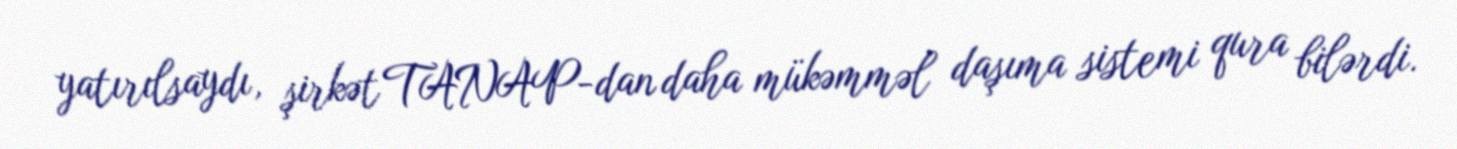
yatırılsaydı, şirkət TANAP-dan daha mükəmməl daşıma sistemi qura bilərdi.